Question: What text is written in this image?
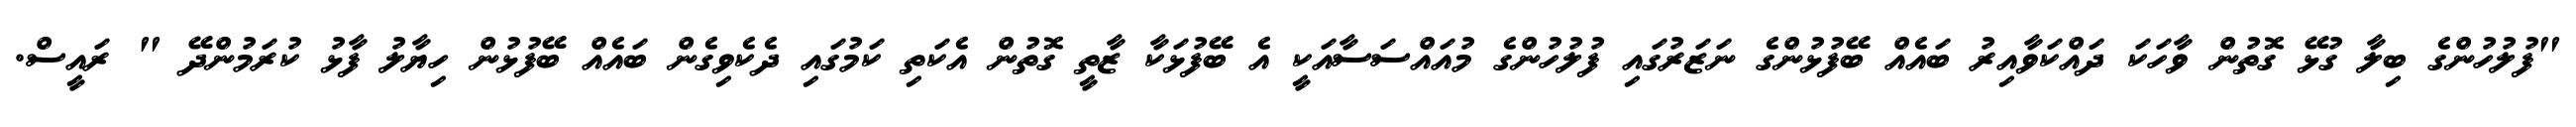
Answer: "ފުލުހުންގެ ބިލާ ގުޅޭ ގޮތުން ވާހަކަ ދައްކަވާއިރު ބައެއް ބޭފުޅުންގެ ނަޒަރުގައި ފުލުހުންގެ މުއައްސަސާއަކީ އެ ބޭފުޅަކާ ޒާތީ ގޮތުން އެކަތި ކަމުގައި ދެކެވިގެން ބައެއް ބޭފުޅުން ހިޔާލު ފާޅު ކުރަމުންދޭ " ރައީސް.